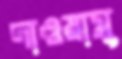
দাওয়ামু